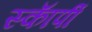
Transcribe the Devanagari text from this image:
स्काॅर्पी